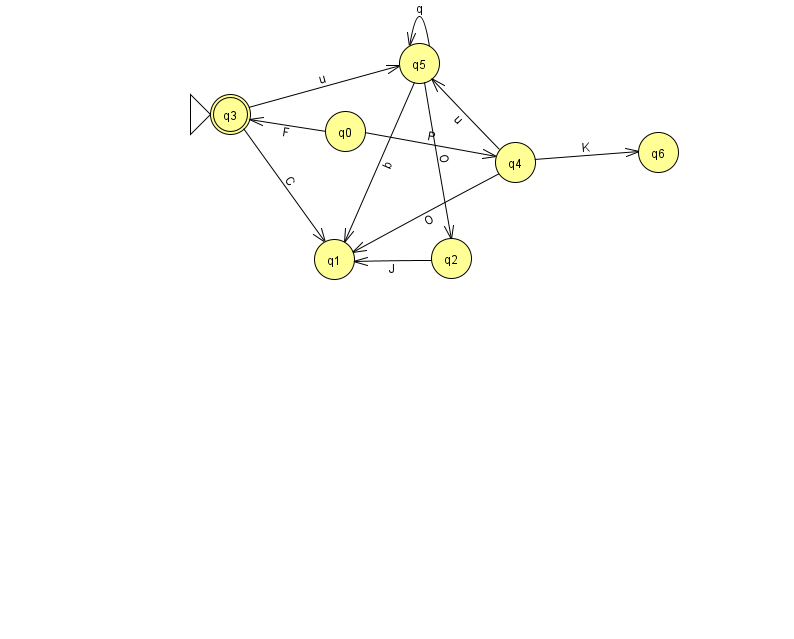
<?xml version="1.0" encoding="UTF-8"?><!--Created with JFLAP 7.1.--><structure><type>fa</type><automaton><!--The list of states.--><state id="0" name="q0"><x>345.0</x><y>118.0</y></state><state id="1" name="q1"><x>334.0</x><y>246.0</y></state><state id="2" name="q2"><x>451.0</x><y>245.0</y></state><state id="3" name="q3"><x>230.0</x><y>101.0</y><initial/><final/></state><state id="4" name="q4"><x>515.0</x><y>149.0</y></state><state id="5" name="q5"><x>419.0</x><y>50.0</y></state><state id="6" name="q6"><x>658.0</x><y>139.0</y></state><!--The list of transitions.--><transition><from>5</from><to>5</to><read>q</read></transition><transition><from>3</from><to>5</to><read>u</read></transition><transition><from>4</from><to>5</to><read>u</read></transition><transition><from>5</from><to>2</to><read>O</read></transition><transition><from>4</from><to>1</to><read>O</read></transition><transition><from>2</from><to>1</to><read>J</read></transition><transition><from>4</from><to>6</to><read>K</read></transition><transition><from>0</from><to>3</to><read>F</read></transition><transition><from>3</from><to>1</to><read>C</read></transition><transition><from>0</from><to>4</to><read>P</read></transition><transition><from>5</from><to>1</to><read>b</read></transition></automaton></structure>